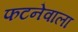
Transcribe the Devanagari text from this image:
फटनेवाला